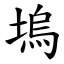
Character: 塢